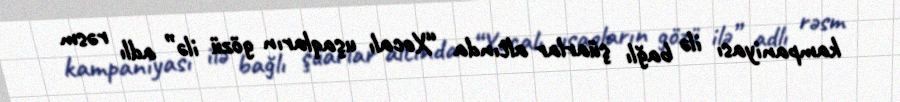
kampaniyası ilə bağlı şüarlar altında “Xocalı uşaqların gözü ilə” adlı rəsm